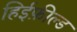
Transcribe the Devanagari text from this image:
हिईफ़ील्ड